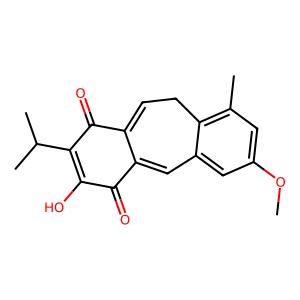
SMILES: COc1cc(C)c2c(c1)C=C1C(=O)C(O)=C(C(C)C)C(=O)C1=CC2
Inhibits HIV replication: No